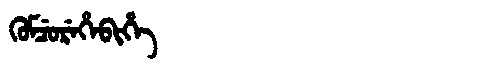
Manchu: ᡴᡠᠮᠴᡠᡵᡝᡥᡝᠪᡳᡥᡝ
Romanization: KUMCUREHEBIHE